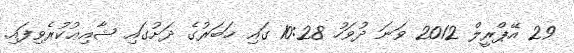
29 އޭޕްރީލް 2012 ވަނަ ދުވަހު 10:28 ގައި ޚަބަރުގެ ދަށުގައި ޝާއިޢުކުރެވިފައި.